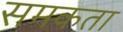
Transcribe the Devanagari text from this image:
समकता